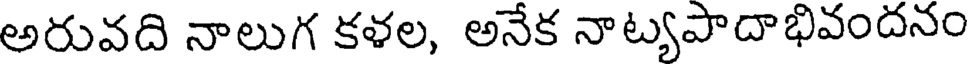
అరువది నాలుగ కళల, అనేక నాట్యపాదాభివందనం